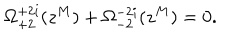
\Omega _ { + 2 } ^ { + 2 i } ( z ^ { M } ) + \Omega _ { - 2 } ^ { - 2 i } ( z ^ { M } ) = 0 .